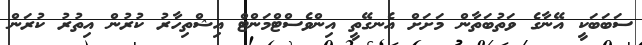
ސަބަބަކީ އޭނާގެ ވަތުބަތާން މަށަށް އެނގޭތީ އިންވެސްޓްމަންޓް އިޝްތިހާރު ކުރުން އިތުރު ކުރަން